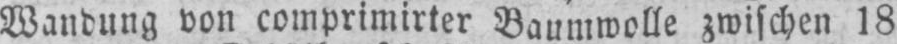
Wandung von comprimirter Baumwolle zwischen 18